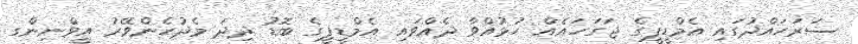
ސަރަހައްދުގައި އެމްޑީޕީގެ ޖަގަހައެއް ހުޅުއްވާ ދެއްވައި އެމްޑީޕީގެ ބޮޑު ދިދަ މެދުހެންވޭރު އީވްނިންގ